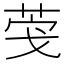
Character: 𮏎